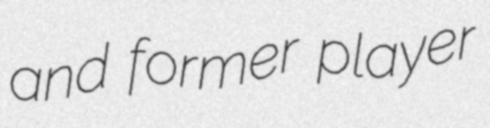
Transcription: and former player